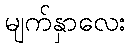
မျက်နှာလေး